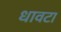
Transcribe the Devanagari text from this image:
धावटा